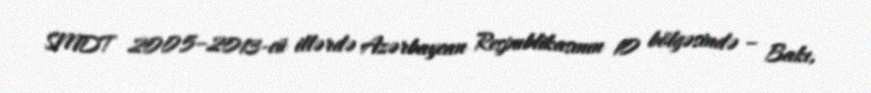
SMDT 2005–2013-cü illərdə Azərbaycan Respublikasının 10 bölgəsində – Bakı,